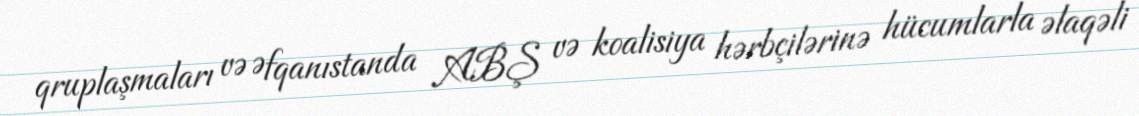
qruplaşmaları və Əfqanıstanda ABŞ və koalisiya hərbçilərinə hücumlarla əlaqəli